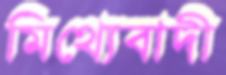
মিথ্যেবাদী